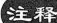
注释